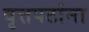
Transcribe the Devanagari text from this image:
वृत्तपटांना